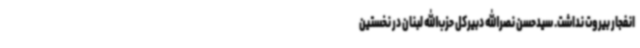
انفجار بیروت نداشت. سیدحسن نصرالله دبیرکل حزب‌الله لبنان در نخستین